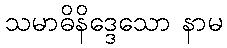
သမာဓိနိဒ္ဒေသော နာမ